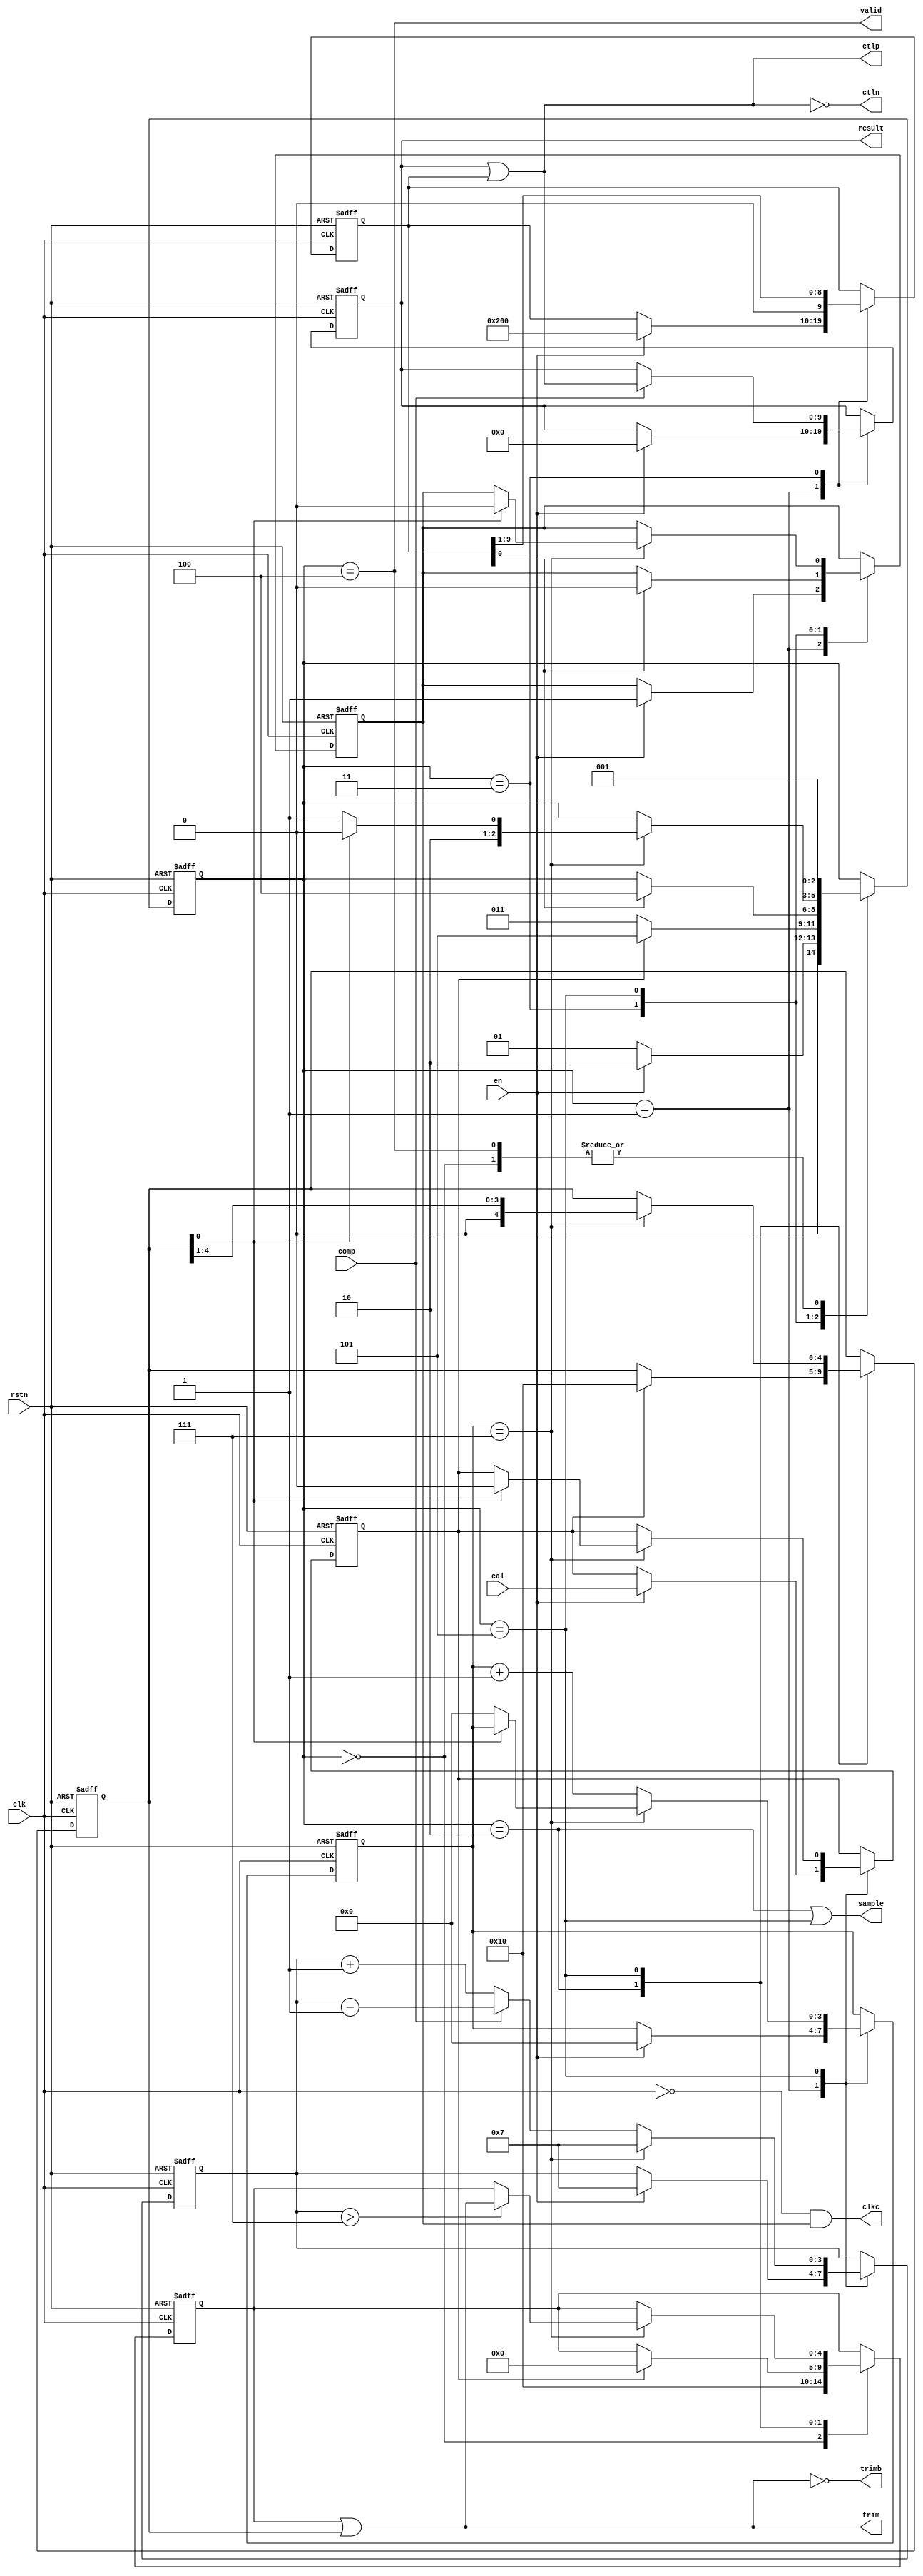
module sarlogic(
    input           clk,
    input           rstn,
    input           en,
    input           comp,
    input           cal,
    output          valid,
    output  [9:0]   result,
    output  		sample,
    output  [9:0]   ctlp,
    output  [9:0]   ctln,
    output  [4:0]   trim,
    output  [4:0]   trimb,
    output          clkc);

    reg             calibrate;
    reg     [2:0]   state;
    reg     [9:0]   mask;
    reg     [4:0]   trim_mask;
    reg     [9:0]   result;
    reg     [4:0]   trim_val;
    reg             sample;
    reg             co_clk;
    reg             en_co_clk;
    reg     [3:0]   cal_count;
    reg     [3:0]   cal_itt;

    parameter sInit=0, sWait=1, sSample=2, sConv=3, sDone=4, sCal=5;

    initial begin
        state <= sInit;
        mask <= 0;
        trim_mask <= 0;
        result <= 0;
        co_clk <= 0;
        en_co_clk <= 0;
        cal_itt <= 0;
        cal_count <= 7;
        trim_val <= 0;
        calibrate <= 0;
    end

    always @(clk) begin
        clkc <= (~clk & en_co_clk);
    end

    always @(posedge clk or negedge rstn) begin

        if (!rstn) begin
            state <= sInit;
            mask <= 0;
            trim_mask <= 0;
            result <= 0;
            co_clk <= 0;
            en_co_clk <= 0;
            cal_itt <= 0;
            cal_count <= 7;
            trim_val <= 0;
            calibrate <= 0;
        end
        else begin
            case (state)

                sInit : begin
                    trim_val <= 5'b10000;
                    state <= sWait;
                end

                sWait : begin
                    if(en) begin
                        result <= 0;
                        cal_itt <= 0;
                        cal_count <= 7;
                        state <= sSample;
                        calibrate <= cal;
		    		    mask <= 10'b1000000000;
                        en_co_clk <= 1;
                    end
                    else state <= sWait;
                end

		    	sSample : begin
                    if (calibrate) begin
                        state <= sCal;
                        trim_val <= 5'b00000;
		    		    trim_mask <= 5'b10000;
                    end
                    else begin
                        state <= sConv;
                    end
		    	end

                sConv : begin
                	if (comp) result  <= result | mask;
                    mask <= mask >> 1;                
                    if (mask[0]) begin
                        state <= sDone;
                        en_co_clk <=0;
                    end
                end

                sCal: begin
                    if(cal_itt == 7) begin
                        if (cal_count > 7) begin
                            trim_val <= trim_val | trim_mask;
                        end
                        trim_mask <= trim_mask >> 1;
                        if (trim_mask[0]) begin
                            state <= sDone;
                            en_co_clk <=0;
                            calibrate <= 0;
                        end else begin
                            cal_itt = 0;
                            state <= sCal;
                        end 
                        cal_count <= 7;
                    end else begin
                        if (comp) begin
                            cal_count <= cal_count - 1;
                        end else begin
		    				cal_count <= cal_count + 1;
                        end
                        cal_itt <= cal_itt + 1;
                    end 
                end

                sDone : begin
                    state <= sWait;
                end

            endcase
        end
    end

    assign trim   = (trim_val | trim_mask );
    assign trimb  = ~(trim_val | trim_mask);
    assign sample = (state==sSample) || (state==sCal);
    assign valid  = state==sDone;
	assign ctlp   = result | mask;
	assign ctln   = ~(result | mask);

endmodule